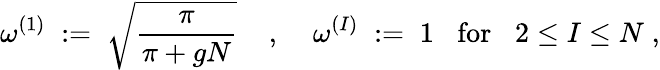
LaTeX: \omega^{(1)}\; :=\; \sqrt{\frac{\pi}{\pi+gN}}\; \; \; \; ,\; \; \; \; \omega^{(I)}\; :=\; 1\; \; \; \mathrm{for}\; \; \; 2\leq I\leq N\; ,